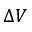
\Delta V